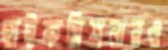
হাইকমিশনারও